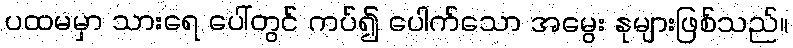
ပထမမှာ သားရေ ပေါ်တွင် ကပ်၍ ပေါက်သော အမွေး နုများဖြစ်သည်။